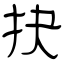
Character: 抉